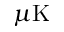
\mu \mathrm { K }